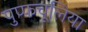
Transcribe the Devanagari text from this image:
पुप्फचूलिया